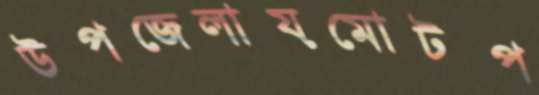
উপজেলায়মোটপ